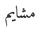
مشايم